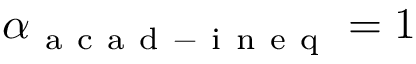
\alpha _ { \mathrm { ~ a ~ c ~ a ~ d ~ - ~ i ~ n ~ e ~ q ~ } } = 1